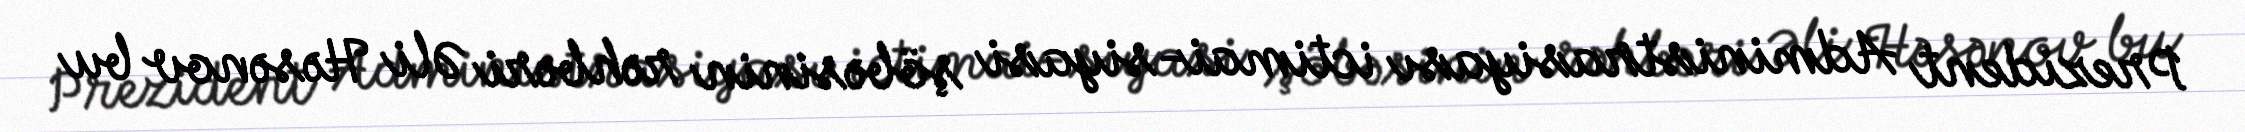
Prezident Administrasiyası ictimai-siyasi şöbəsinin rəhbəri Əli Həsənov bu